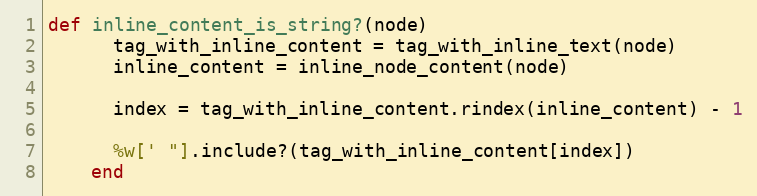
Language: Ruby
def inline_content_is_string?(node)
      tag_with_inline_content = tag_with_inline_text(node)
      inline_content = inline_node_content(node)

      index = tag_with_inline_content.rindex(inline_content) - 1

      %w[' "].include?(tag_with_inline_content[index])
    end